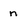
Character: n